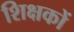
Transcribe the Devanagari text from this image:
शिक्षकों